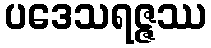
ပဒေသရဇ္ဇဿ